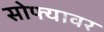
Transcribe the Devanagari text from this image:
सोफ्यावर